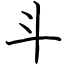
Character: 斗